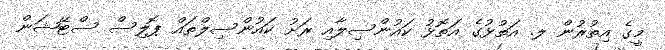
މީގެ އިތުރުން ލ. އަތުޅުގެ އަތޮޅު ކައުންސިލާއި ރަށު ކައުންސިލްތައް ޕޮލިސް ސްޓޭޝަން